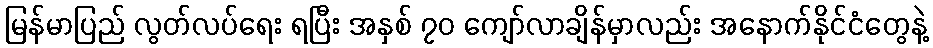
မြန်မာပြည် လွတ်လပ်ရေး ရပြီး အနှစ် ၇၀ ကျော်လာချိန်မှာလည်း အနောက်နိုင်ငံတွေနဲ့